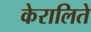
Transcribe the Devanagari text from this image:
केरालिते